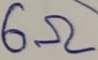
Text: 6Ω